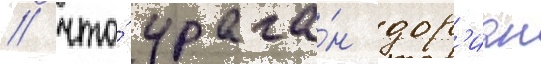
/ что́ урага́н дор'иан